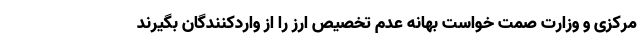
مرکزی و وزارت صمت خواست بهانه عدم تخصیص ارز را از واردکنندگان بگیرند